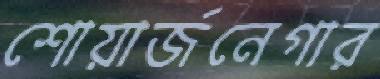
শোয়ার্জনেগার